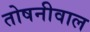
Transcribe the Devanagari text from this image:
तोषनीवाल